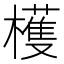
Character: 檴